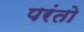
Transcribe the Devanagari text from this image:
परंतो